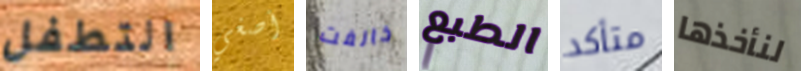
التطفل أصغي خالفت الطبع متأكد لنأخذها